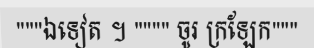
"""ឯទៀត ។ """" ចូរ ក្រឡែក"""